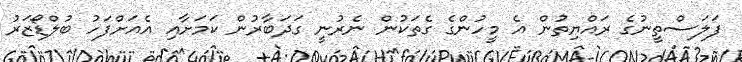
ފަލަސްތީނުގެ ރައްޔިތުން އެ މީހުންގެ ގެތަކުން ނެރުނީ ގަދަބާރުން ކަމަށާއި އެއަށްފަހު ބުލްޑޯޒަރު